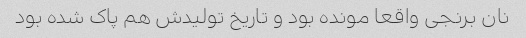
نان برنجی واقعا مونده بود و تاریخ تولیدش هم پاک شده بود